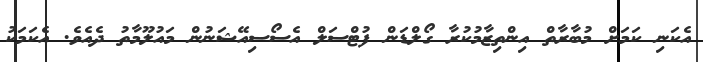
އެކަނި ކަމަށް މުބާރާތް އިންތިޒާމުކުރާ ގޯލްޑަން ފުޓްސަލް އެސޯސިއޭޝަނުން މައުލޫމާތު ދެއެވެ. އެކަމަކު